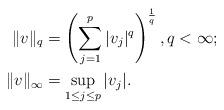
LaTeX: \begin{align*}\|v\|_q &= \left(\sum \limits_{j=1}^p |v_j|^q \right)^{\frac{1}{q}},q < \infty ; \\\|v\|_{\infty} &= \sup \limits_{1 \leq j \leq p} |v_j|.\end{align*}